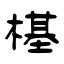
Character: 樭